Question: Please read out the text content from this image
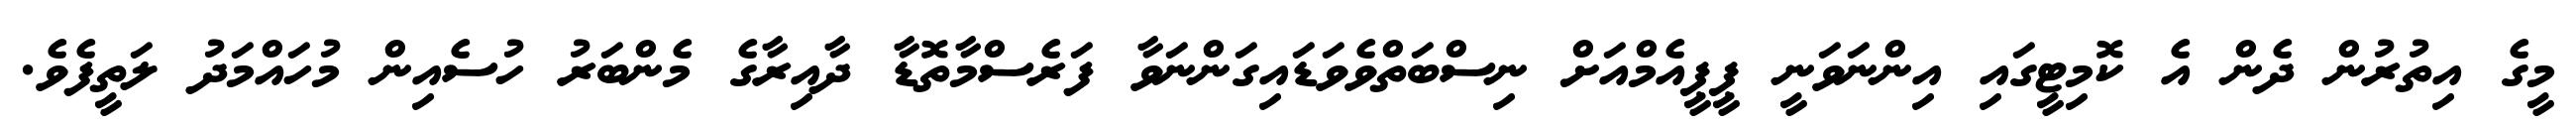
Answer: މީގެ އިތުރުން ދެން އެ ކޮމިޓީގައި އިންނަވަނީ ޕީޕީއެމްއަށް ނިސްބަތްވެވަޑައިގަންނަވާ ފަރެސްމާތޮޑާ ދާއިރާގެ މެންބަރު ހުސެއިން މުހައްމަދު ލަތީފެވެ.